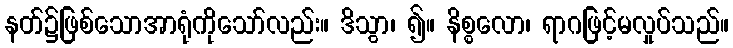
နတ်၌ဖြစ်သောအာရုံကိုသော်လည်း။ ဒိသွာ၊ ၍။ နိစ္စလော၊ ရာဂဖြင့်မလှုပ်သည်။